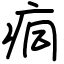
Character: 痌